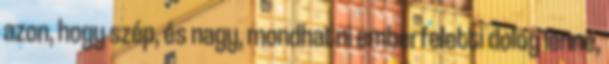
azon, hogy szép, és nagy, mondhatni emberfeletti dolog lenne,